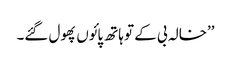
’’خالہ بی کے تو ہاتھ پائوں پھول گئے۔